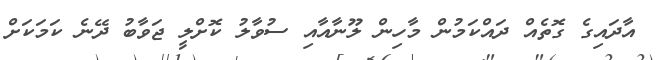
އާދައިގެ ގޮތެއް ދައްކަމުން މާހިން ލޫނާއާއި ސުވާލު ކޮށްލީ ޖަވާބު ދޭނެ ކަމަކަށް